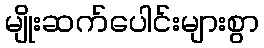
မျိုးဆက်ပေါင်းများစွာ